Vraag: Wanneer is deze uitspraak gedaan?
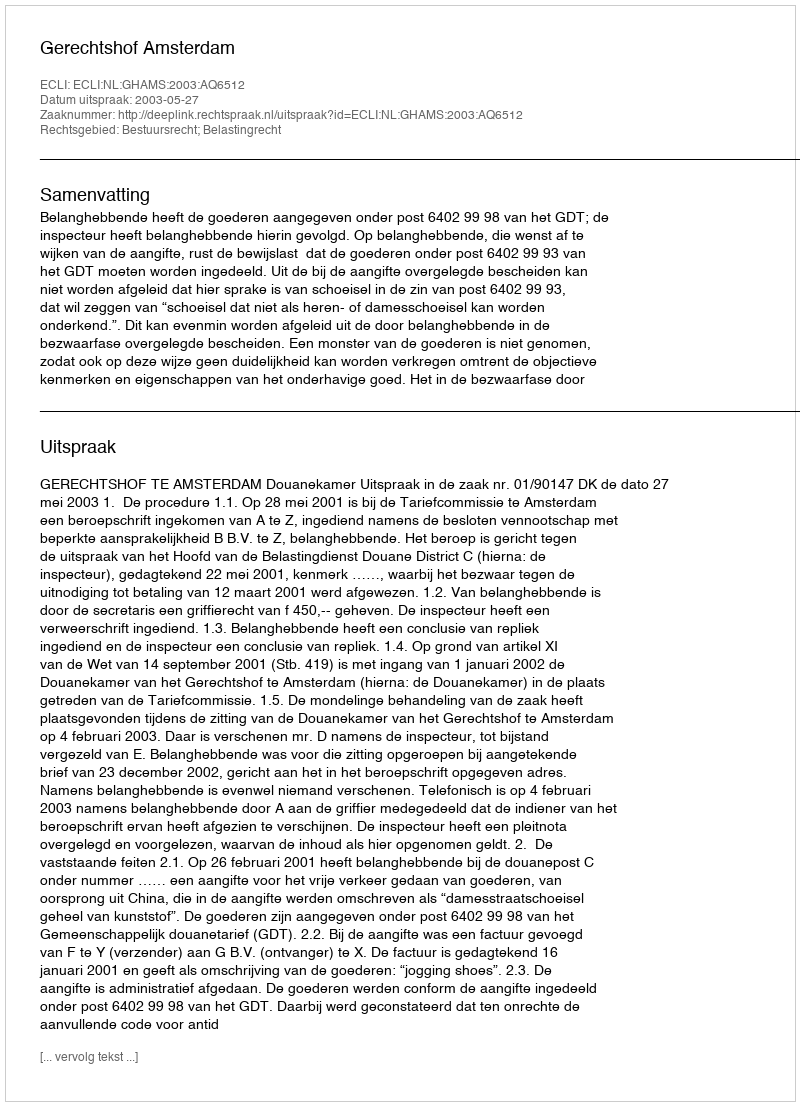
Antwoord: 2003-05-27